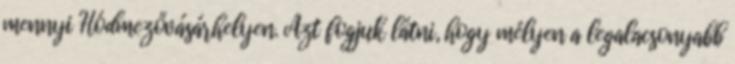
mennyi Hódmezővásárhelyen. Azt fogjuk látni, hogy mélyen a legalacsonyabb